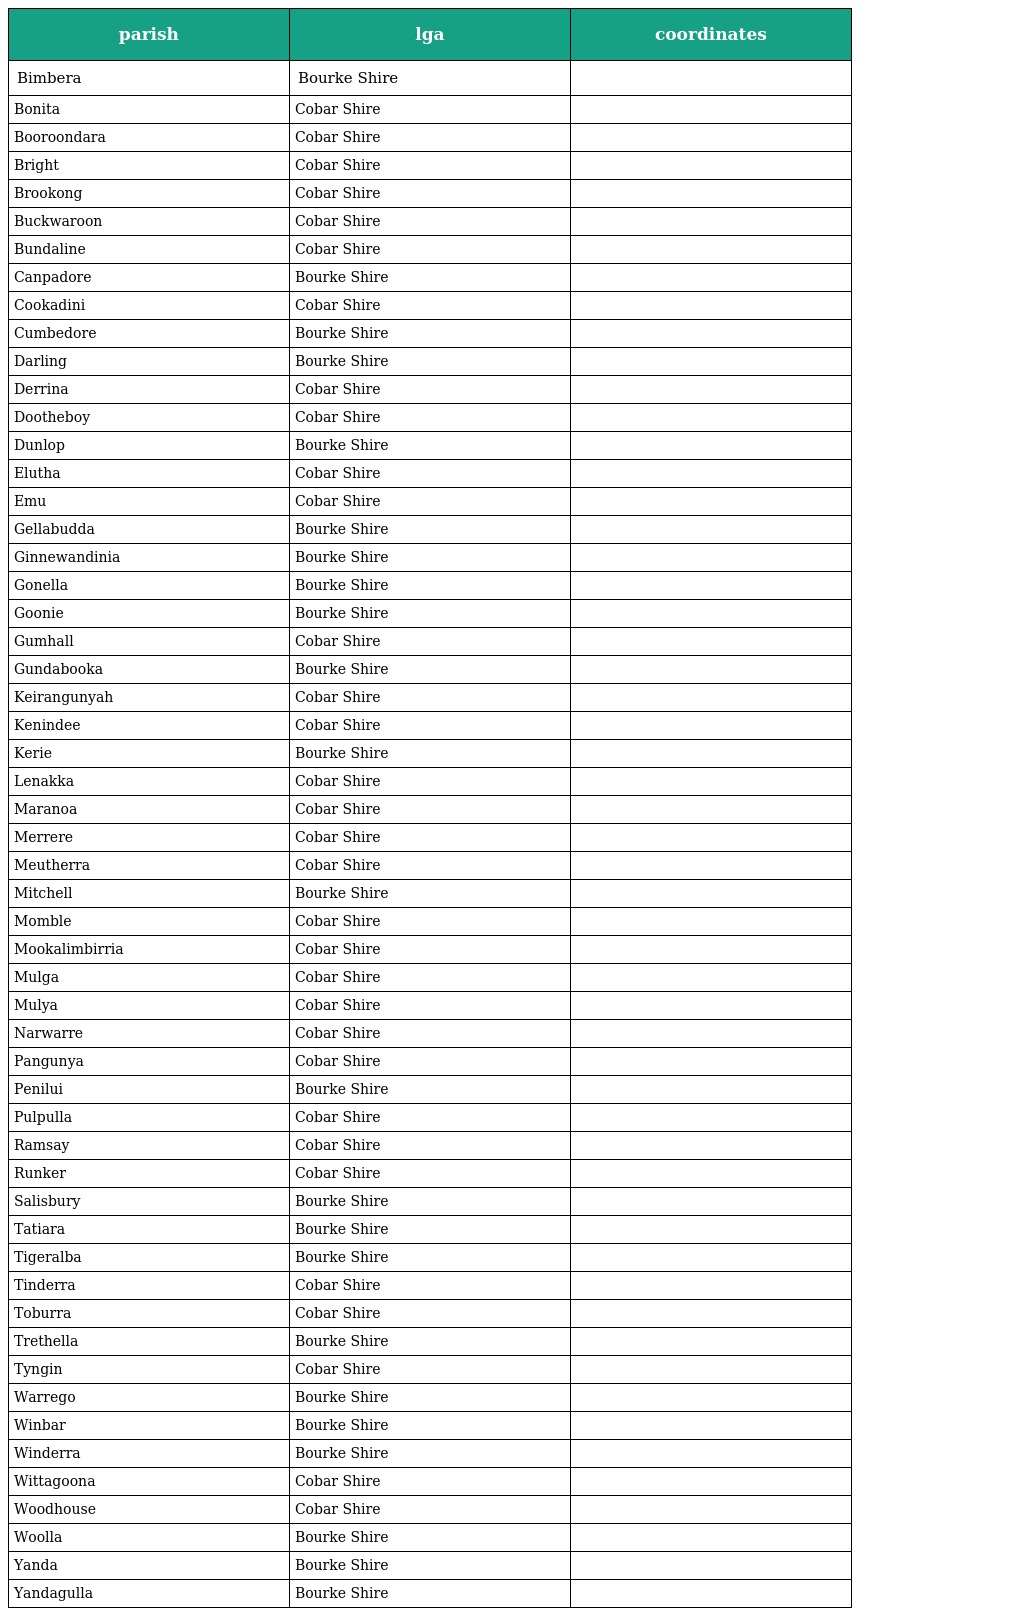
| parish | lga | coordinates |
 | --- | --- | --- |
 | Bimbera | Bourke Shire |  |
 | Bonita | Cobar Shire |  |
 | Booroondara | Cobar Shire |  |
 | Bright | Cobar Shire |  |
 | Brookong | Cobar Shire |  |
 | Buckwaroon | Cobar Shire |  |
 | Bundaline | Cobar Shire |  |
 | Canpadore | Bourke Shire |  |
 | Cookadini | Cobar Shire |  |
 | Cumbedore | Bourke Shire |  |
 | Darling | Bourke Shire |  |
 | Derrina | Cobar Shire |  |
 | Dootheboy | Cobar Shire |  |
 | Dunlop | Bourke Shire |  |
 | Elutha | Cobar Shire |  |
 | Emu | Cobar Shire |  |
 | Gellabudda | Bourke Shire |  |
 | Ginnewandinia | Bourke Shire |  |
 | Gonella | Bourke Shire |  |
 | Goonie | Bourke Shire |  |
 | Gumhall | Cobar Shire |  |
 | Gundabooka | Bourke Shire |  |
 | Keirangunyah | Cobar Shire |  |
 | Kenindee | Cobar Shire |  |
 | Kerie | Bourke Shire |  |
 | Lenakka | Cobar Shire |  |
 | Maranoa | Cobar Shire |  |
 | Merrere | Cobar Shire |  |
 | Meutherra | Cobar Shire |  |
 | Mitchell | Bourke Shire |  |
 | Momble | Cobar Shire |  |
 | Mookalimbirria | Cobar Shire |  |
 | Mulga | Cobar Shire |  |
 | Mulya | Cobar Shire |  |
 | Narwarre | Cobar Shire |  |
 | Pangunya | Cobar Shire |  |
 | Penilui | Bourke Shire |  |
 | Pulpulla | Cobar Shire |  |
 | Ramsay | Cobar Shire |  |
 | Runker | Cobar Shire |  |
 | Salisbury | Bourke Shire |  |
 | Tatiara | Bourke Shire |  |
 | Tigeralba | Bourke Shire |  |
 | Tinderra | Cobar Shire |  |
 | Toburra | Cobar Shire |  |
 | Trethella | Bourke Shire |  |
 | Tyngin | Cobar Shire |  |
 | Warrego | Bourke Shire |  |
 | Winbar | Bourke Shire |  |
 | Winderra | Bourke Shire |  |
 | Wittagoona | Cobar Shire |  |
 | Woodhouse | Cobar Shire |  |
 | Woolla | Bourke Shire |  |
 | Yanda | Bourke Shire |  |
 | Yandagulla | Bourke Shire |  |